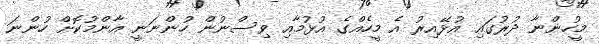
މީހުންނާ ދުރުގައި އުޅޭއިރު އެ މީހެއްގެ އުޅުމާއި ވިސްނުން ހުންނަނީ އާންމުކޮށް ހުންނަ